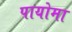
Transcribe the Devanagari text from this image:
पायोमा